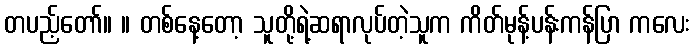
တပည့်တော်။ ။ တစ်နေ့တော့ သူတို့ရဲ့ဆရာလုပ်တဲ့သူက ကိတ်မုန့်ပန်းကန်ပြာ ကလေး